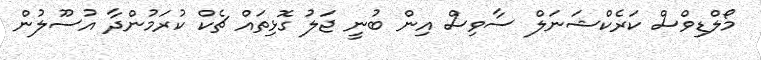
މޯލްޑިވްސް ކަރެކްޝަނަލް ސާވިސް އިން ބުނީ ޖަލު ގޮޅިތައް ޗެކް ކުރަމުންދާ އުސޫލުން